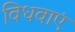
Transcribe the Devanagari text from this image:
विधवाएं